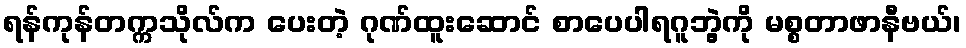
ရန်ကုန်တက္ကသိုလ်က ပေးတဲ့ ဂုဏ်ထူးဆောင် စာပေပါရဂူဘွဲ့ကို မစ္စတာဖာနီဗယ်၊